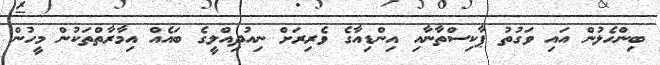
ބިންހެލުން އައި ވަގުތު ޕާކިސްތާނާއި އިންޑިއާގެ ވެރިރަށް ނިއުދިއްލީގެ ބައެއް އިމާރާތްތަކުން މީހުން